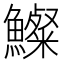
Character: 𩼇